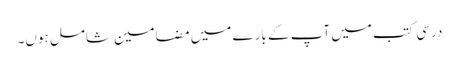
درسی کتب میں آپ کے بارے میں مضامین شامل ہوں۔